Lunatic asylums in Bengal annual reports 1888-1898 - 1888-1898
Year: 1888
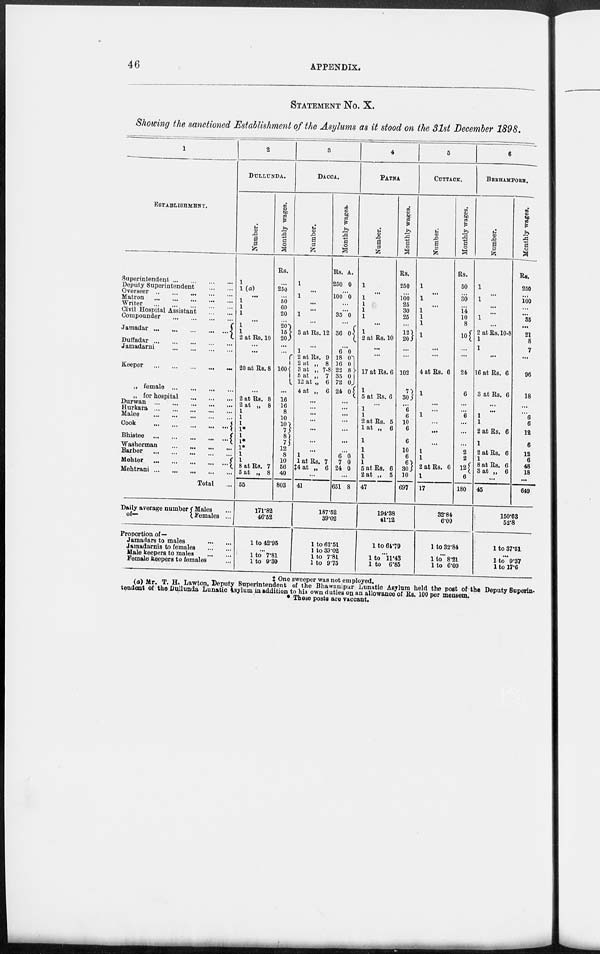
46
APPENDIX.
STATEMENT No. X.
Showing the sanctioned Establishment of the Asylums as it stood on the 31st December 1898.
1
ESTABLISHMENT.
Superintendent ... ... ... ...
Deputy Superintendent
...
...
Overseer
...
...
...
...
...
Matron
...
...
...
...
...
Writer ... ... ... ... ...
Civil Hospital Assistant
...
...
Compounder ... ... ... ...
Jamadar ...
...
...
...
...
Duffadar ... ... ... ... ...
Jamadarni ... ... ... ...
Keeper ... ... ... ... ...
„ female ... ... ... ...
„ for hospital ... ... ...
Durwan ... ... ... ... ...
Hurkara... ... ... ... ...
Malee ... ... ... ... ...
Cook ... ... ... ... ...
Bhistee ... ... ... ... ...
Washerman
... ... ... ...
Barber ... ... ... ... ...
Mehter ... ... ... ... ...
Mehtrani... ... ... ... ...
Total ...
Daily average number
of—
Males ...
Females ...
Proportion of—
Jamadars to males ... ...
Jamadarnis to females ... ...
Male keepers to males
...
...
Female keepers to females ...
2
DULLUNDA.
Number.
1
1(a)
...
...
...
...
...
1
1
2 at Rs. 10
...
...
20 at Rs. 8
...
2 at Rs. 8
2 at „ 8
1
1
1
1*
1
1*
1*
1
1
8 at Rs. 7
5 at „ 8
55
Monthly wages.
Rs.
...
250
...
50
60
20
...
20
15
20.
...
...
160
...
16
16
8
10
10
7
8
7
12
8
10
56
40
803
171.82
46.52
1 to 42.95
...
1 to 7.81
1 to 9.30
3
DACCA.
Number.
A.
1
...
1
...
...
1
...
3 at Rs. 12
...
1
2 at Rs. 9
2 at „ 8
3 at „ 7-8
5 at „ 7
12 at „ 6
4 at „ 6
...
...
...
...
...
...
...
1
1 at Rs. 7
‡4 at „ 6
...
41
Monthly wages.
Rs.
250
A.
0
...
100 0
...
...
35 0
...
36
0
...
6
18
16
22
35
72
24
0
0
0
8
0
0
0
...
...
...
...
...
...
...
6
7
24
0
0
0
...
651 8
187.52
39.02
1 to 62.51
1 to 39.02
1 to 7.81
1 to 9.75
4
PATNA.
Number.
1
...
1
1
1
1
...
1
2 at Rs. 10
...
...
17 at Rs. 6
1
5 at Rs. 6
...
1
1
2 at Rs. 5
1 at „ 6
1
1
1
1
5 at Rs. 6
2 at „ 5
47
Monthly wages.
Rs.
250
...
100
25
30
25
...
12
20
...
...
102
7
30
...
6
6
10
6
6
10
6
6
30
10
697
194.38
41.12
1 to 64.79
...
1
to 11.43
1 to 6.85
5
CUTTACK.
Number.
1
...
1
...
1
1
1
1
...
...
4 at Rs. 6
1
...
...
1
...
...
...
1
1
2 at Rs. 6
1
17
Monthly wages.
Rs.
50
...
30
...
14
10
8
10
...
...
24
6
...
...
6
...
...
...
2
2
12
6
180
32.84
6.00
1 to 32.84
...
1 to 8.21
1 to 6.00
6
BERHAMPORE.
Number.
1
...
1
...
...
1
...
2 at Rs. 10-8
1
1
...
16 at Rs. 6
3 at Rs. 6
...
...
1
1
2 at Rs. 6
1
2 at Rs. 6
1
8 at Rs. 6
3 at „ 6
...
45
Monthly wages.
Rs.
250
...
100
...
...
35
...
21
8
7
...
96
18
...
...
6
6
12
6
12
6
48
18
...
649
150.03
53.8
1 to 37.51
...
1 to 9.37
1 to 17.6
‡ One sweeper was not employed.
(a) Mr. T. H. Lawton, Deputy Superintendent of the Bhawanipur Lunatic Asylum held the post of the Deputy Superin-
tendent of the Dullunda Lunatic Asylum in addition to his own duties on an allowance of Rs. 100 per mensem.
* These posts are vaccant.